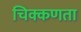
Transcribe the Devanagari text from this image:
चिक्कणता